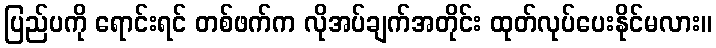
ပြည်ပကို ရောင်းရင် တစ်ဖက်က လိုအပ်ချက်အတိုင်း ထုတ်လုပ်ပေးနိုင်မလား။